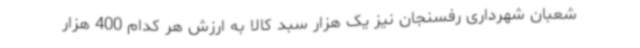
شعبان شهرداری رفسنجان نیز یک هزار سبد کالا به ارزش هر کدام 400 هزار